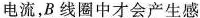
电流，B 线圈中才会产生感